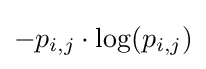
-p_{i,j}\cdot \log(p_{i,j})